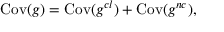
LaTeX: \mathrm { C o v } ( g ) = \mathrm { C o v } ( g ^ { c l } ) + \mathrm { C o v } ( g ^ { n c } ) ,